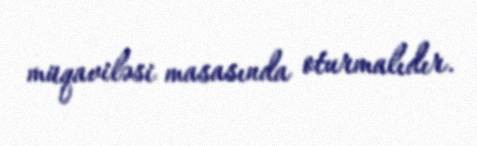
müqaviləsi masasında oturmalıdır.